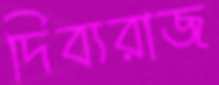
দিব্যরাজ